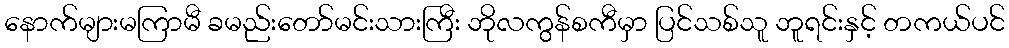
နောက်များမကြာမီ ခမည်းတော်မင်းသားကြီး ဘိုလကွန်စကီမှာ ပြင်သစ်သူ ဘူရင်းနှင့် တကယ်ပင်